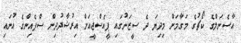
އާސެނަލްގެ ކޯޗުގެ މަގާމަށް މިދިޔަ ދެ ސީޒަނުގައި ޕީއެސްޖީއަށް އިރުޝާދުދިން ސްޕެއިންގެ އުނައި